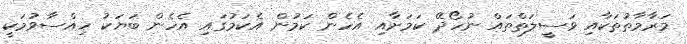
މަރާމާތުތަކާއި ވަސީލަތްތައް ނުހޯދޭ ކަމަށާއި އެހެން ކަމުން އެކަމުގައި އެހެން ބަޔަކު ހިއްސާވުމަކީ